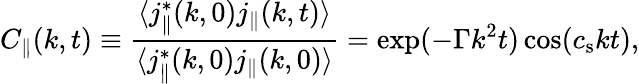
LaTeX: C_{\parallel}(k,t)\equiv\frac{\langle j_{\parallel}^{\ast}(k,0)j_{\parallel}(k,t)\rangle}{\langle j_{\parallel}^{\ast}(k,0)j_{\parallel}(k,0)\rangle}=\exp(-\Gamma k^{2}t)\cos(c_{\mathrm{s}}kt),